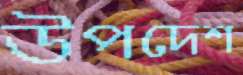
উপদেশ